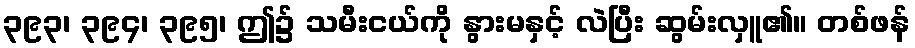
၃၉၃၊ ၃၉၄၊ ၃၉၅၊ ဤ၌ သမီးငယ်ကို နွားမနှင့် လဲပြီး ဆွမ်းလှူ၏။ တစ်ဖန်